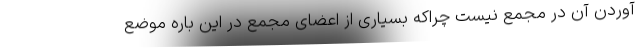
آوردن آن در مجمع نیست چراکه بسیاری از اعضای مجمع در این باره موضع